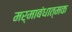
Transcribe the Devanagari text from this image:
मर्माबंधात्मक